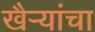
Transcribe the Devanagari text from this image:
खैर्‍यांचा